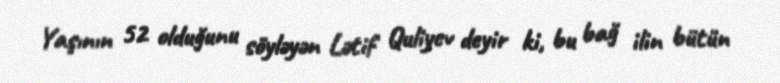
Yaşının 52 olduğunu söyləyən Lətif Quliyev deyir ki, bu bağ ilin bütün